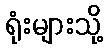
ရုံးများသို့